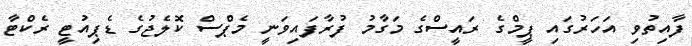
ފާއިތުވި އަހަރުގައި ޕީމްގެ ރައީސްގެ މަގާމު ފުރާފައިވަނީ މެޕްސް ކޮލެޖުގެ ޑެޕިއުޓީ ރެކްޓާ